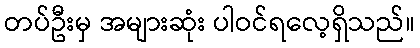
တပ်ဦးမှ အများဆုံး ပါဝင်ရလေ့ရှိသည်။